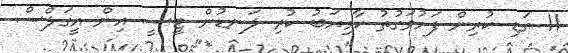
11 ގަޑި ކުރިން ފަހުވަގުތު ކާމިޔަބު ކުރި ލަނޑުން ޓީސީ އިން އީގަލްސް